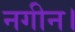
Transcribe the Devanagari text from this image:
नगीन।